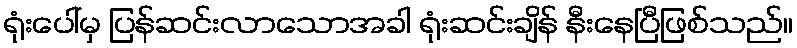
ရုံးပေါ်မှ ပြန်ဆင်းလာသောအခါ ရုံးဆင်းချိန် နီးနေပြီဖြစ်သည်။